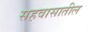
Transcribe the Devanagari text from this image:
सहवासातील